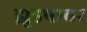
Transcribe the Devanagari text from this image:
झुडपावर